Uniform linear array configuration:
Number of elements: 4
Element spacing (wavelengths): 0.5
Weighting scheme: exponential
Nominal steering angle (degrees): -30
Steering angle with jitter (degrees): -28.038
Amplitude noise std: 0.05
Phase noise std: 0.05

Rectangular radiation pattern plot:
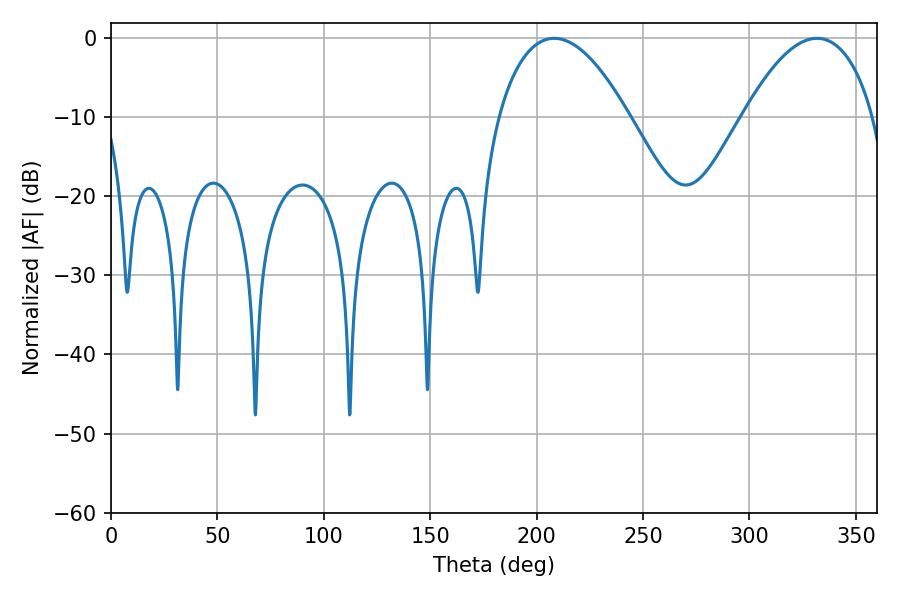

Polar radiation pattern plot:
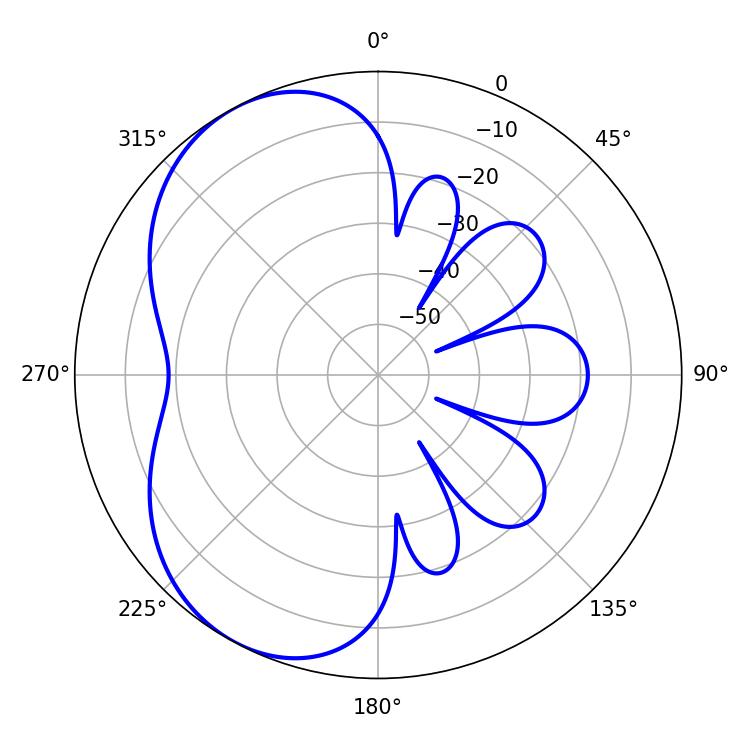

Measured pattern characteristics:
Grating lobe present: FALSE
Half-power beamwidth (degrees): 34.02
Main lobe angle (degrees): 208.26